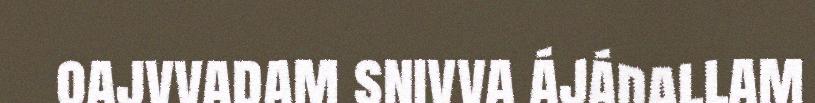
oajvvadam snivva ájádallam